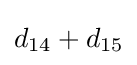
d_{14}+d_{15}